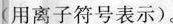
用离子符号表示)。